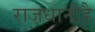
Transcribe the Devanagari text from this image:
राजधानीहै